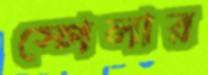
স্পেলার